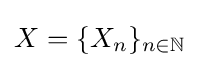
X=\{X_{n}\}_{n\in \mathbb {N} }